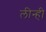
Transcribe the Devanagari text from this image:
लीन्‍ही